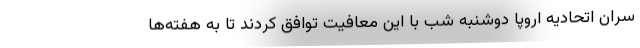
سران اتحادیه اروپا دوشنبه شب با این معافیت توافق کردند تا به هفته‌ها